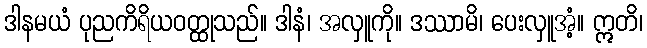
ဒါနမယံ ပုညကိရိယဝတ္ထုသည်။ ဒါနံ၊ အလှူကို။ ဒဿာမိ၊ ပေးလှူအံ့။ ဣတိ၊